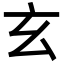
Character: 玄